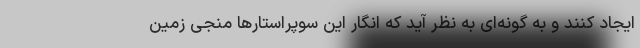
ایجاد کنند و به گونه‌ای به نظر آید که انگار این سوپراستارها منجی زمین